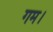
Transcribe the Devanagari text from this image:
गम।